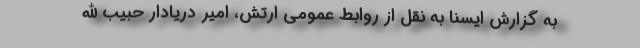
به گزارش ایسنا به نقل از روابط عمومی ارتش، امیر دریادار حبیب الله